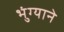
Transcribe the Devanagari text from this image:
भुंग्याने